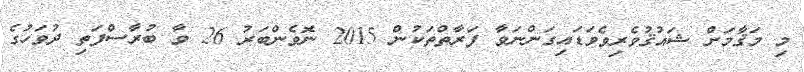
މި މަޤާމަށް ޝައުޤުވެރިވެވަޑައިގަންނަވާ ފަރާތްތަކުން 2015 ނޮވެންބަރު 26 ވާ ބުރާސްފަތި ދުވަހުގެ